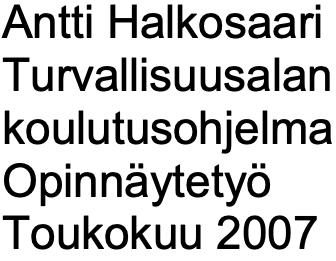
Antti Halkosaari Turvallisuusalan koulutusohjelma Opinnäytetyö Toukokuu 2007